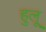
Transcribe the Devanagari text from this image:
हुलू